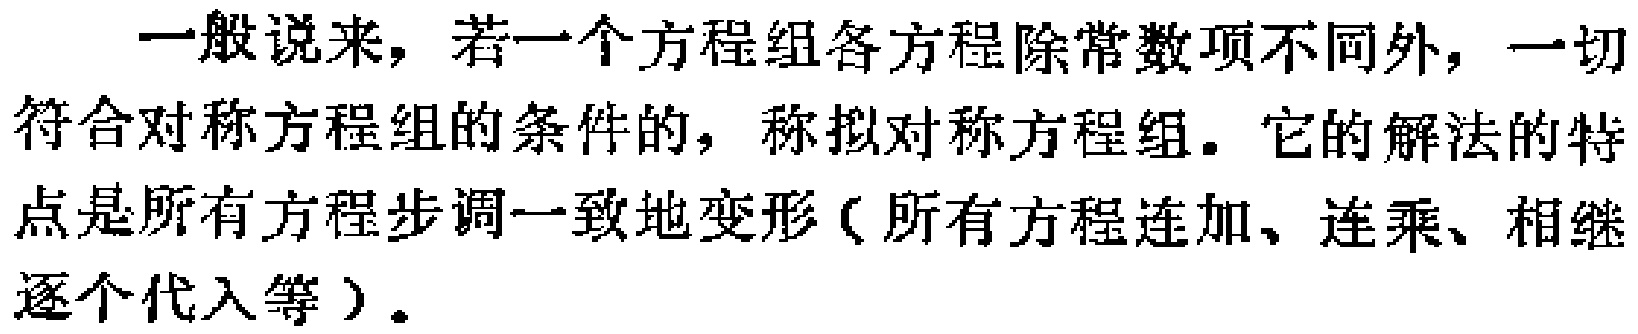
一般说来，若一个方程组各方程除常数项不同外，一切符合对称方程组的条件的，称拟对称方程组。它的解法的特点是所有方程步调一致地变形（所有方程连加、连乘、相继逐个代入等）。